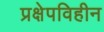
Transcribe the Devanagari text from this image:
प्रक्षेपविहीन